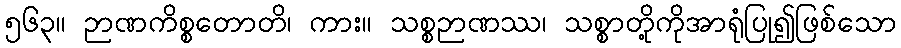
၅၆၃။ ဉာဏကိစ္စတောတိ၊ ကား။ သစ္စဉာဏဿ၊ သစ္စာတို့ကိုအာရုံပြု၍ဖြစ်သော